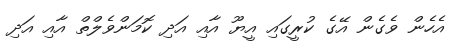
އެހެން ވެގެން އޭގެ ކުރީގައި އީޔޫ އާއި އަދި ކޮމަންވެލްތް އާއި އަދި